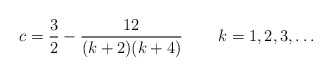
\begin{align*}c=\frac{3}{2}-\frac{12}{(k+2)(k+4)}\,\qquad k=1,2,3,\ldots \end{align*}